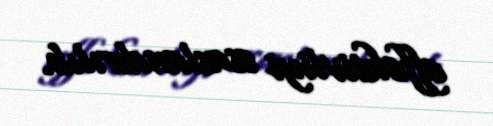
effektivliyi əsaslandırılıb.